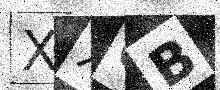
Text: XXQB